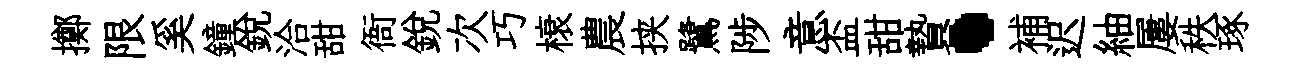
擲限奚鐘銳洽甜衙銳次巧榱農挟鷺陟意盃甜贄·補迟紬屢秩琢